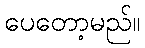
ပေတော့မည်။